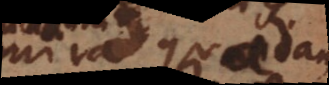
mira quadam